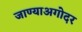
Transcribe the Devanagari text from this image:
जाण्याअगोदर